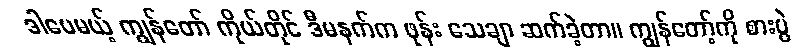
ဒါပေမယ့် ကျွန်တော် ကိုယ်တိုင် ဒီမနက်က ဖုန်း သေချာ ဆက်ခဲ့တာ။ ကျွန်တော့်ကို စားပွဲ